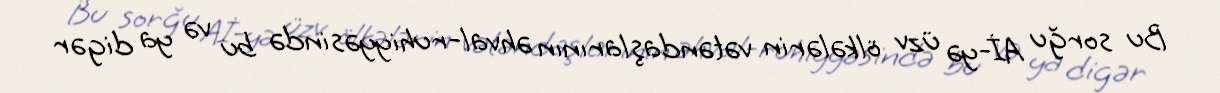
Bu sorğu Aİ-yə üzv ölkələrin vətəndaşlarının əhval-ruhiyyəsində bu və ya digər